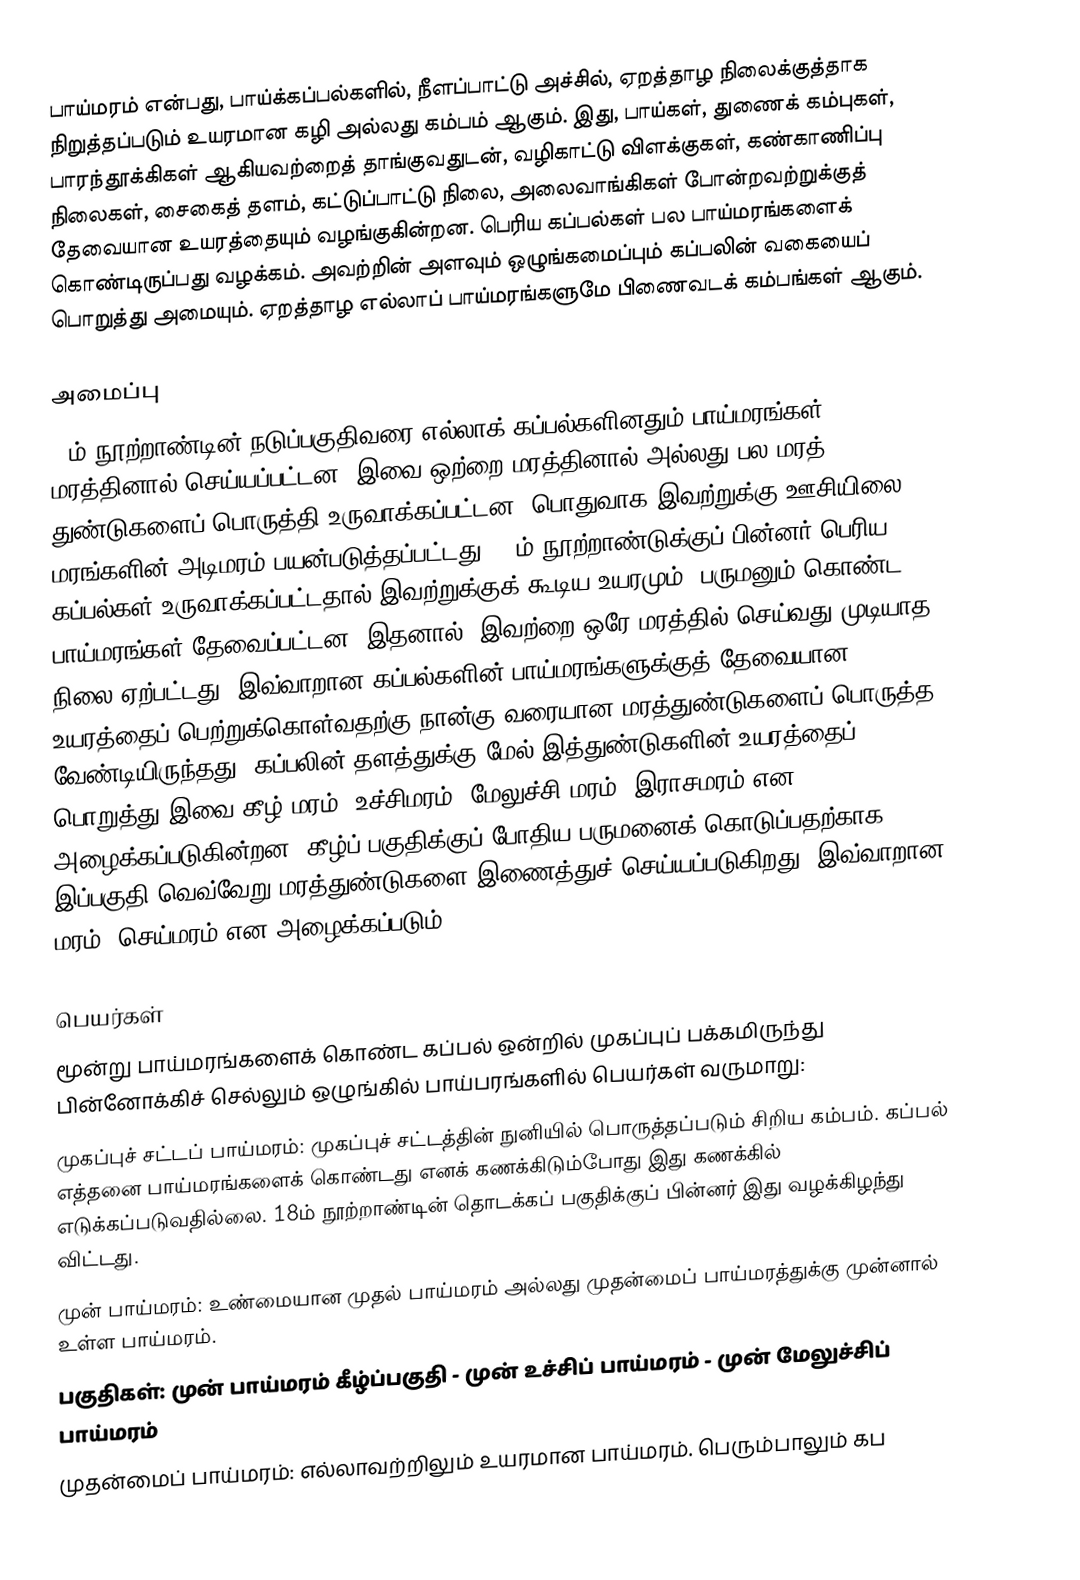
பாய்மரம் என்பது, பாய்க்கப்பல்களில், நீளப்பாட்டு அச்சில், ஏறத்தாழ நிலைக்குத்தாக நிறுத்தப்படும் உயரமான கழி அல்லது கம்பம் ஆகும். இது, பாய்கள், துணைக் கம்புகள், பாரந்தூக்கிகள் ஆகியவற்றைத் தாங்குவதுடன், வழிகாட்டு விளக்குகள், கண்காணிப்பு நிலைகள், சைகைத் தளம், கட்டுப்பாட்டு நிலை, அலைவாங்கிகள் போன்றவற்றுக்குத் தேவையான உயரத்தையும் வழங்குகின்றன. பெரிய கப்பல்கள் பல பாய்மரங்களைக் கொண்டிருப்பது வழக்கம். அவற்றின் அளவும் ஒழுங்கமைப்பும் கப்பலின் வகையைப் பொறுத்து அமையும். ஏறத்தாழ எல்லாப் பாய்மரங்களுமே பிணைவடக் கம்பங்கள் ஆகும்.

அமைப்பு
19ம் நூற்றாண்டின் நடுப்பகுதிவரை எல்லாக் கப்பல்களினதும் பாய்மரங்கள் மரத்தினால் செய்யப்பட்டன. இவை ஒற்றை மரத்தினால் அல்லது பல மரத் துண்டுகளைப் பொருத்தி உருவாக்கப்பட்டன. பொதுவாக இவற்றுக்கு ஊசியிலை மரங்களின் அடிமரம் பயன்படுத்தப்பட்டது. 16ம் நூற்றாண்டுக்குப் பின்னர் பெரிய கப்பல்கள் உருவாக்கப்பட்டதால் இவற்றுக்குக் கூடிய உயரமும், பருமனும் கொண்ட பாய்மரங்கள் தேவைப்பட்டன. இதனால், இவற்றை ஒரே மரத்தில் செய்வது முடியாத நிலை ஏற்பட்டது. இவ்வாறான கப்பல்களின் பாய்மரங்களுக்குத் தேவையான உயரத்தைப் பெற்றுக்கொள்வதற்கு நான்கு வரையான மரத்துண்டுகளைப் பொருத்த வேண்டியிருந்தது. கப்பலின் தளத்துக்கு மேல் இத்துண்டுகளின் உயரத்தைப் பொறுத்து இவை கீழ் மரம், உச்சிமரம், மேலுச்சி மரம், இராசமரம் என அழைக்கப்படுகின்றன. கீழ்ப் பகுதிக்குப் போதிய பருமனைக் கொடுப்பதற்காக இப்பகுதி வெவ்வேறு மரத்துண்டுகளை இணைத்துச் செய்யப்படுகிறது. இவ்வாறான மரம், செய்மரம் என அழைக்கப்படும்.

பெயர்கள்
மூன்று பாய்மரங்களைக் கொண்ட கப்பல் ஒன்றில் முகப்புப் பக்கமிருந்து பின்னோக்கிச் செல்லும் ஒழுங்கில் பாய்பரங்களில் பெயர்கள் வருமாறு:
 முகப்புச் சட்டப் பாய்மரம்: முகப்புச் சட்டத்தின் நுனியில் பொருத்தப்படும் சிறிய கம்பம். கப்பல் எத்தனை பாய்மரங்களைக் கொண்டது எனக் கணக்கிடும்போது இது கணக்கில் எடுக்கப்படுவதில்லை. 18ம் நூற்றாண்டின் தொடக்கப் பகுதிக்குப் பின்னர் இது வழக்கிழந்து விட்டது.
 முன் பாய்மரம்: உண்மையான முதல் பாய்மரம் அல்லது முதன்மைப் பாய்மரத்துக்கு முன்னால் உள்ள பாய்மரம்.
 பகுதிகள்: முன் பாய்மரம் கீழ்ப்பகுதி - முன் உச்சிப் பாய்மரம் - முன் மேலுச்சிப் பாய்மரம்
 முதன்மைப் பாய்மரம்: எல்லாவற்றிலும் உயரமான பாய்மரம். பெரும்பாலும் கப